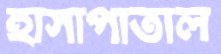
হাসাপাতাল